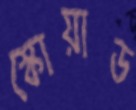
স্কোয়াড